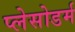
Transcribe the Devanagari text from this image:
प्लेसोडर्म